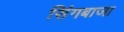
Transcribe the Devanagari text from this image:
सिंगबाजा